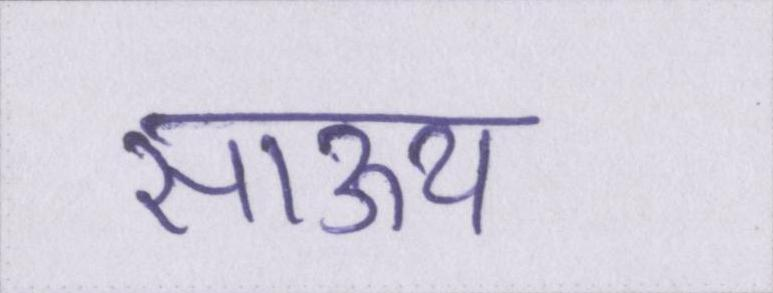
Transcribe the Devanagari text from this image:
साऊथ